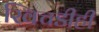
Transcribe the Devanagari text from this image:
खिचडीही